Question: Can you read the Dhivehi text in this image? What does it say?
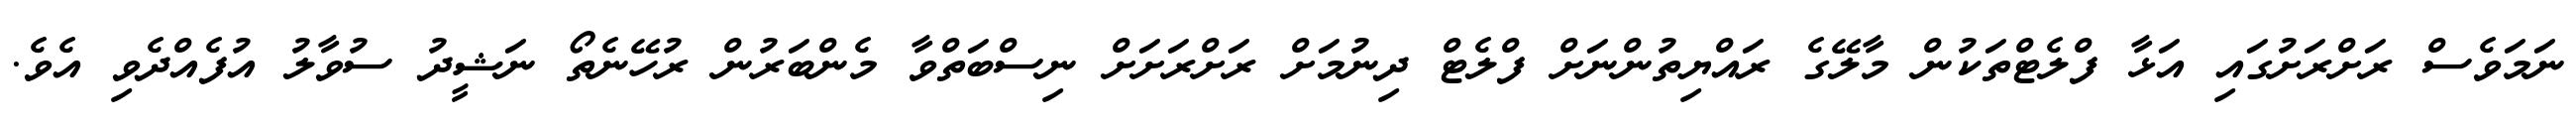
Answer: ނަމަވެސް ރަށްރަށުގައި އަޅާ ފްލެޓްތަކުން މާލޭގެ ރައްޔިތުންނަށް ފްލެޓް ދިނުމަށް ރަށްރަށަށް ނިސްބަތްވާ މެންބަރުން ރުހޭނެތޯ ނަޝީދު ސުވާލު އުފެއްދެވި އެވެ.